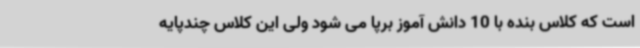
است که کلاس بنده با 10 دانش آموز برپا می شود ولی این کلاس چندپایه